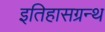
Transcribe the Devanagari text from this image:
इतिहासग्रन्थ